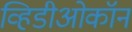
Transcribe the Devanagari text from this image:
व्हिडीओकॉन